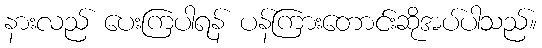
နားလည် ပေးကြပါရန် ပန်ကြားတောင်းဆိုအပ်ပါသည်။